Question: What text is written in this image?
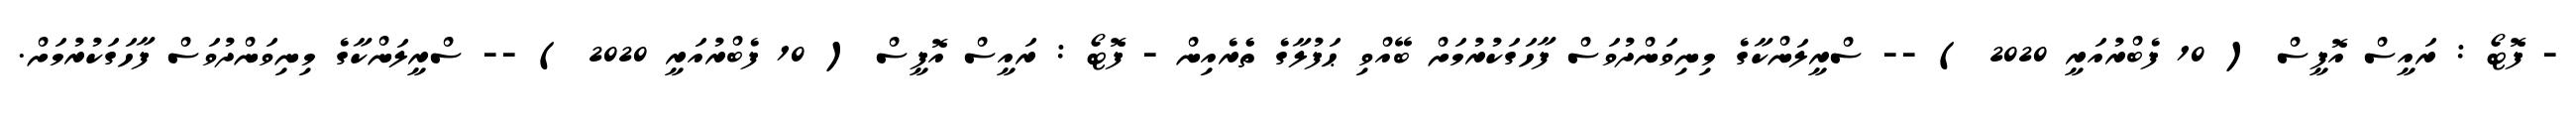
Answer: - ފޮޓޯ : ރައީސް އޮފީސް ( 10 ފެބްރުއަރީ 2020 ) -- ސްރީލަންކާގެ މިނިވަންދުވަސް ފާހަގަކުރުމަށް ބޭއްވި ޙަފުލާގެ ތެެރެއިން - ފޮޓޯ : ރައީސް އޮފީސް ( 10 ފެބްރުއަރީ 2020 ) -- ސްރީލަންކާގެ މިނިވަންދުވަސް ފާހަގަކުރުމަށް.